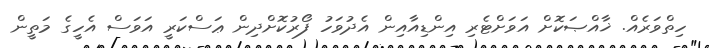
ހިތްވަރެއް. ޚާއްޞަކޮށް އަވަށްޓެރި އިންޑިއާއިން އެދުވަހު ފޯރުކޮށްދިން ޢަސްކަރީ އަވަސް އެހީގެ މަތީން